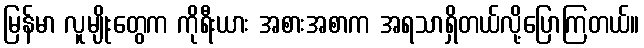
မြန်မာ လူမျိုးတွေက ကိုရီးယား အစားအစာက အရသာရှိတယ်လို့ပြောကြတယ်။